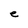
Character: e